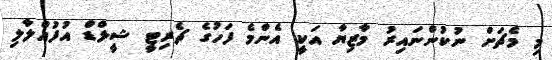
މި މެޗަށް ނުކުންނައިރު މާޒިޔާ އަކީ އެންމެ ފަހުގެ ޗެރިޓީ ޝީލްޑް އުފުއްލާލި